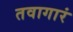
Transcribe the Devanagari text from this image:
तवागारं